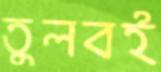
তুলবই